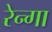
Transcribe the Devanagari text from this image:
रेन्गा